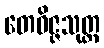
တေဝိဇ္ဇသုတ္တ